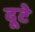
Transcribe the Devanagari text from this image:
दूटे